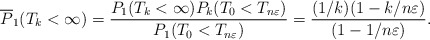
\begin{align*}\overline P_1(T_k<\infty) = \frac{P_1(T_k<\infty)P_k(T_0<T_{n\varepsilon})}{P_1(T_0<T_{n \varepsilon})} =\frac{(1/k)(1-k/n\varepsilon)}{(1-1/n\varepsilon)}. \end{align*}